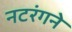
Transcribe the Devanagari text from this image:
नटरंगने